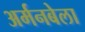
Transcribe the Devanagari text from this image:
अर्मनबेला